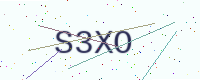
Text: S3XO